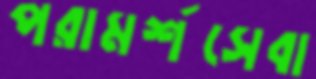
পরামর্শসেবা